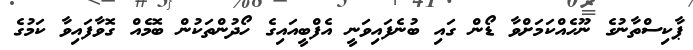
ޕާކިސްތާނުގެ ނޫހެއްކަމަށްވާ ޑޯން ގައި ބުނެފައިވަނީ އެފްބީއައިގެ ހޯދުންތަކުން ބޮމެއް ގޮވާފައިވާ ކަމުގެ